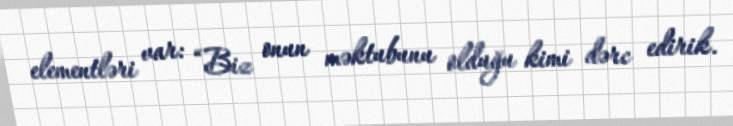
elementləri var: “Biz onun məktubunu olduğu kimi dərc edirik.